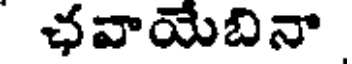
ఛవాయేబినా